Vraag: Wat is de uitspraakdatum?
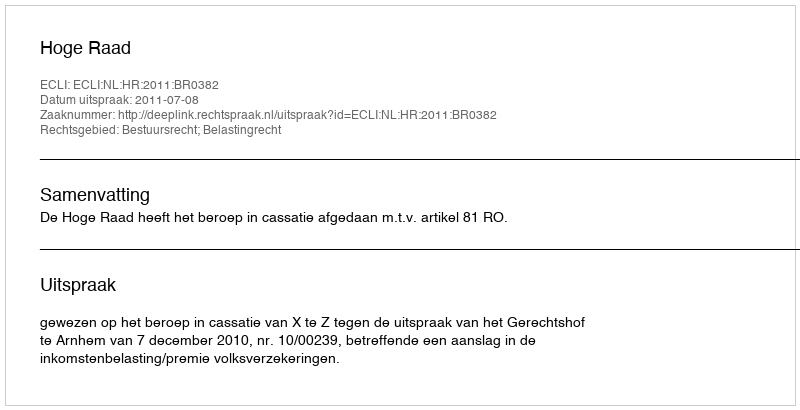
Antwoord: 2011-07-08